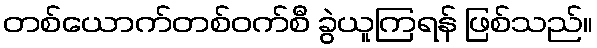
တစ်ယောက်တစ်ဝက်စီ ခွဲယူကြရန် ဖြစ်သည်။